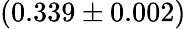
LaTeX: (0.339\pm 0.002)